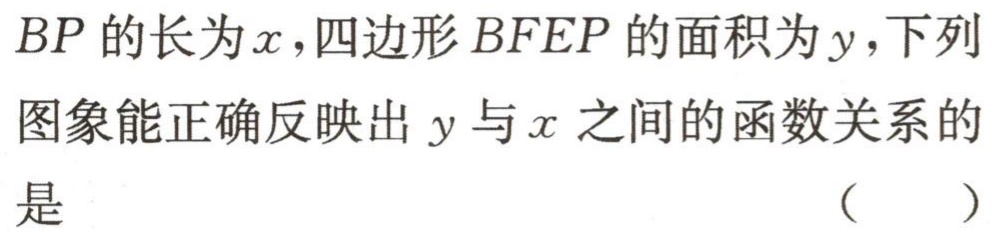
$BP$的长为$x$，四边形$BFEP$的面积为$y$，下列图象能正确反映出$y$与$x$之间的函数关系的是 （  ）